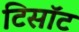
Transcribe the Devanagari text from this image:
टिसॉट